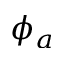
\phi _ { a }